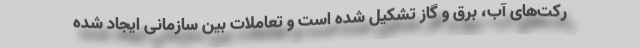
رکت‌های آب، برق و گاز تشکیل شده است و تعاملات بین سازمانی ایجاد شده